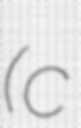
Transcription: (c